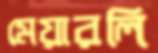
মেয়ারলি